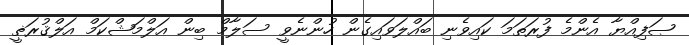
ޞަފިއްޔާ އެންމެ ފުރަތަމަ ކައިވެނި ބައްލަވައިގެން ހުންނެވީ ސަލާމް ބިން އަލްމަޝްކަމް އަލްޤުރަޡީ